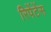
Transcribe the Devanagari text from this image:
रिपेंटेंस